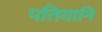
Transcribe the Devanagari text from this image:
पतियानि